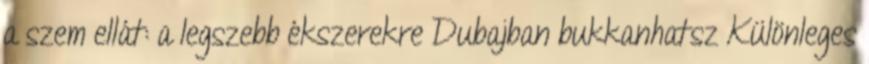
a szem ellát: a legszebb ékszerekre Dubajban bukkanhatsz Különleges